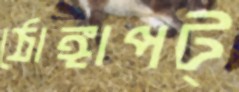
ঠোঙ্গাপট্